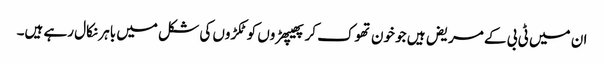
ان میں ٹی بی کے مریض ہیں جو خون تھوک کر پھیپھڑوں کو ٹکڑوں کی شکل میں باہر نکال رہے ہیں۔